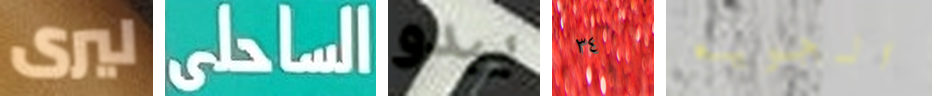
ليرى الساحلى يبدو ٣٤ الجويه